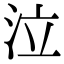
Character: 泣